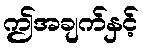
ဤအချက်နှင့်